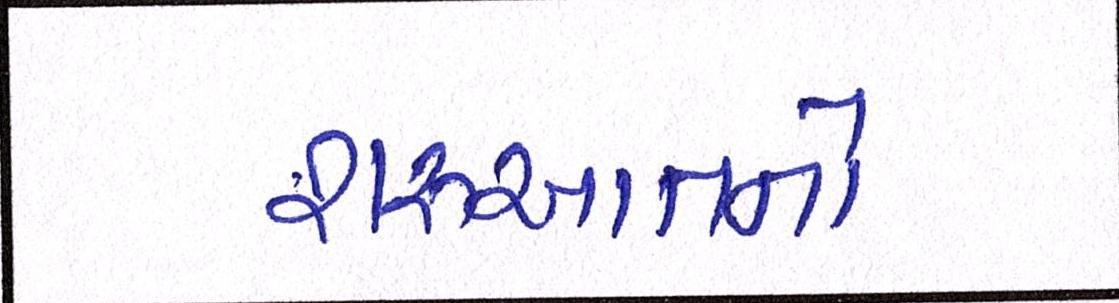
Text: શરૂઆતનો